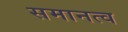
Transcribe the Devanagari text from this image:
समानत्व